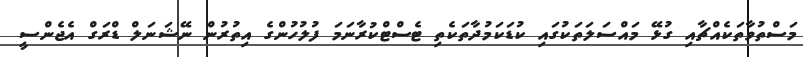
މަސްތުވާތަކެއްޗާއި ގުޅޭ މައްސަލަތަކުގައި ކުޑަކަމުދާތަކެތި ޓެސްޓްކުރާނަމަ ފުލުހުންގެ އިތުރުން ނޭޝަނަލް ޑްރަގް އެޖެންސީ